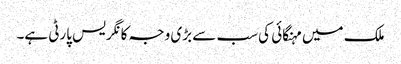
ملک میں مہنگائی کی سب سے بڑی وجہ کانگریس پارٹی ہے۔